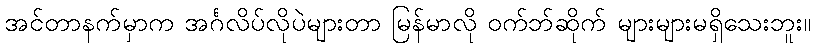
အင်တာနက်မှာက အင်္ဂလိပ်လိုပဲများတာ မြန်မာလို ဝက်ဘ်ဆိုက် များများမရှိသေးဘူး။